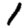
Digit: 1